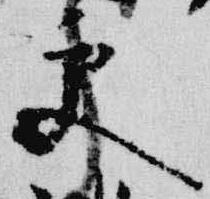
更